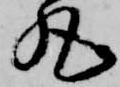
丸